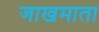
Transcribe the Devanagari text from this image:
जाखमाता